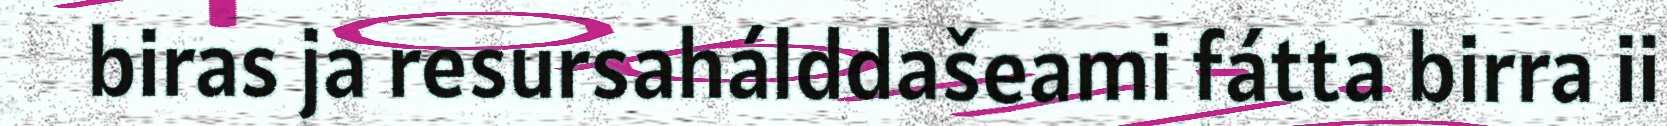
biras ja resursahálddašeami fátta birra ii